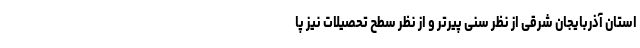
استان آذربایجان شرقی از نظر سنی پیرتر و از نظر سطح تحصیلات نیز پا